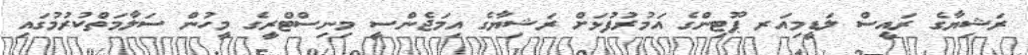
ރަޝިޔާގެ ރައީސް ލަޑީމިއަރ ޕޫޓިންގެ އަމުރުފުޅަށް ރަޝިޔާގެ އިމަޖެންސީ މިނިސްޓްރީގެ މީހުން ސަލާމަތްކުރުމުގައި